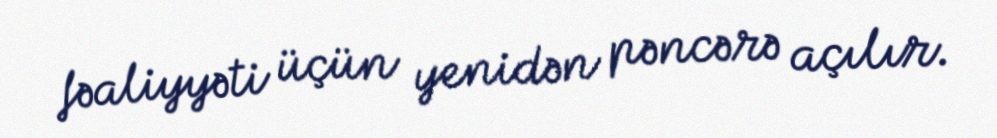
fəaliyyəti üçün yenidən pəncərə açılır.